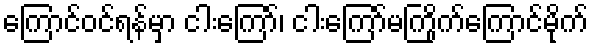
ကြောင်ဝင်ရန်မှာ ငါးကြော်၊ ငါးကြော်မကြိုက်ကြောင်မိုက်